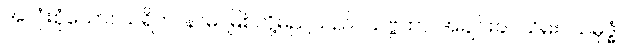
အလုံးစုံသော။ သရိတာနာမ၊ မြစ်တို့မည်သည်။ သဗ္ဗထာ၊ အချင်းခပ်သိမ်း။ သမုဒ္ဓံ၊